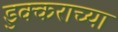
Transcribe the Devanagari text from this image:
डुक्कराच्या